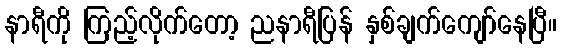
နာရီကို ကြည့်လိုက်တော့ ညနာရီပြန် နှစ်ချက်ကျော်နေပြီ။